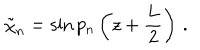
\tilde { \chi } _ { n } = \sin p _ { n } \left( z + \frac { L } { 2 } \right) \, .